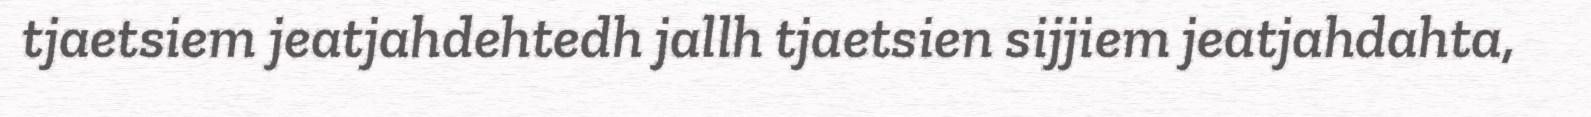
tjaetsiem jeatjahdehtedh jallh tjaetsien sijjiem jeatjahdahta,